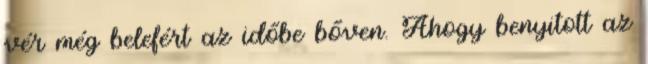
vér még belefért az időbe bőven. Ahogy benyitott az